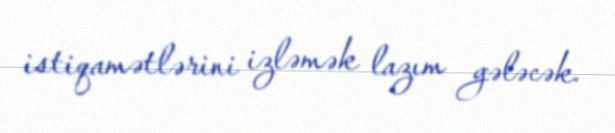
istiqamətlərini izləmək lazım gələcək.